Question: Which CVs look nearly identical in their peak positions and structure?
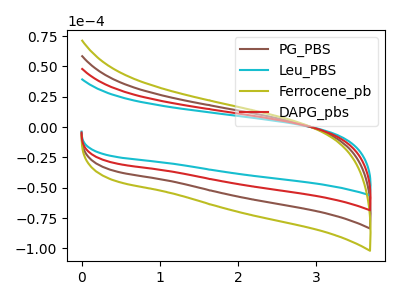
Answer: <think>The brown curve "PG_PBS" has no peaks. The cyan curve "Leu_PBS" has no peaks. The olive curve "Ferrocene_pb" has no peaks. The red curve "DAPG_pbs" has no peaks.
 Neither "PG_PBS" or "Leu_PBS" have any peaks. Neither "PG_PBS" or "Ferrocene_pb" have any peaks. Neither "PG_PBS" or "DAPG_pbs" have any peaks. Neither "Leu_PBS" or "Ferrocene_pb" have any peaks. Neither "Leu_PBS" or "DAPG_pbs" have any peaks. Neither "Ferrocene_pb" or "DAPG_pbs" have any peaks.</think>
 <answer>"Leu_PBS", "PG_PBS", "Ferrocene_pb" and "DAPG_pbs" have the same shape and are likely CV's of the same chemical.</answer>
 <eval>"Leu_PBS" "PG_PBS" "Ferrocene_pb" "DAPG_pbs"</eval>